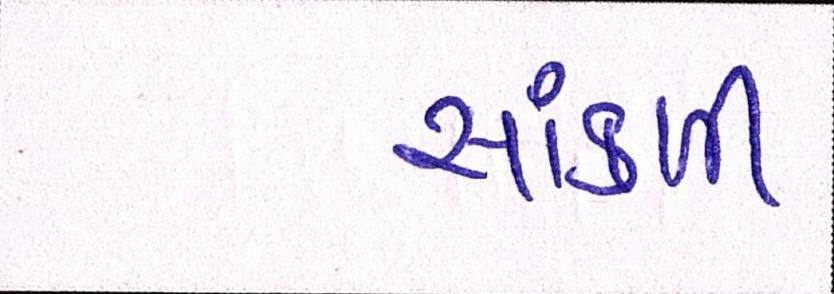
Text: સાંકળી